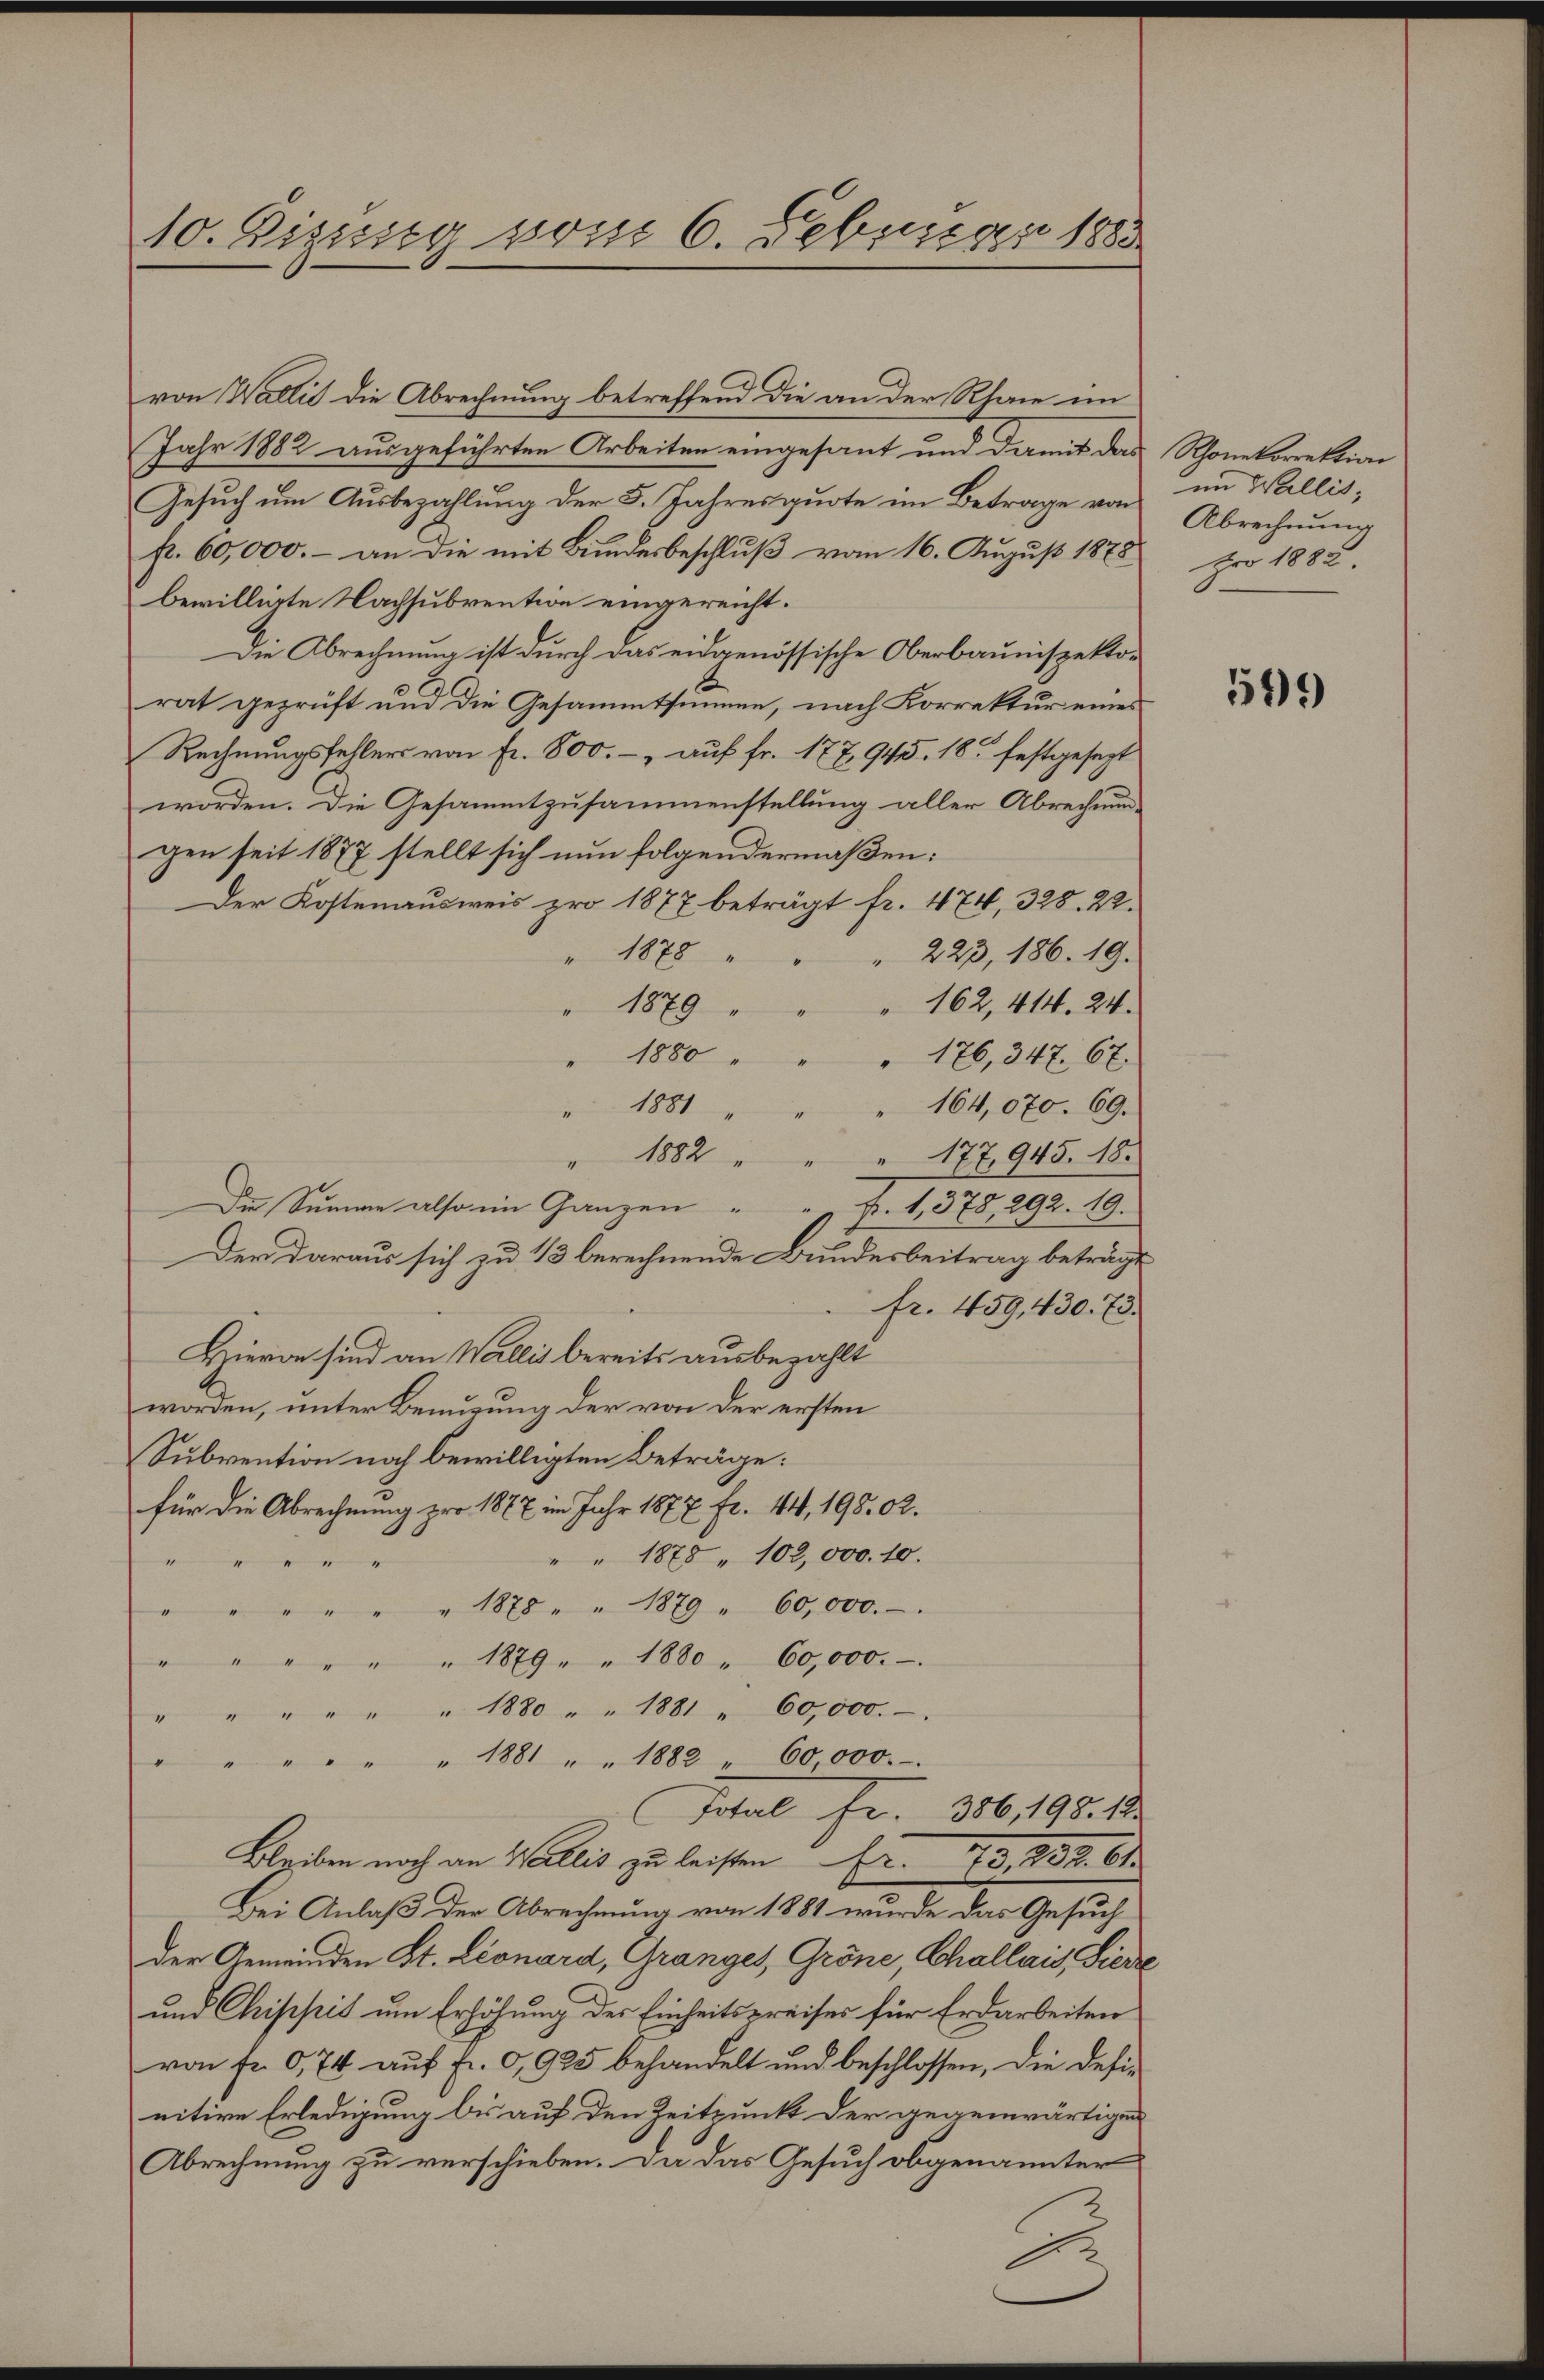
10. Zizung vom 6. Febuar 1883

von Wallis die Abrechnung betreffend die an der Rhaie im
Jahr 1882 ausgeführten Arbeiten eingesant und damit da-
Gesuch um Ausbezahlung der 5. Jahresquote im Betrage von
fr. 60,000.– an die mit Bundesbeschluß vom 16. August 1878
bewilligte Nachsubvention eingereicht.
Die Abrechnung ist durch das eidgenössische Oberbaunispektorat geprüft und die Gesammtsumme, nach Korrektur eines
Rechnungsfehlers von Fr. 800.- auf fr. 177945. 18. festgesezt
worden. Die Gesammtzusammenstellung aller Abrechnun-
gen seit 1877 stellt sich nun folgendermaßen:
Der Kostenausweis pro 1877 beträgt fr. 174, 328. 22.
" 1878
223, 186. 19.
162, 414. 24.
1879
1880 " "
176, 347. 67.
164,070. 69.
1881
" 1882
 177,945. 18.
Die Summe also ein Ganzen " " Fr. 1, 375, 292. 19.
Der daraus sich zu 1/3 berechnende Bundesbeitrag beträgt
fr. 459,430. 73.
Hievon sind an Wallis bereits ausbezahlt
worden, unter Benuzung der von der ersten
Subvention noch bewilligten Beträge:
für die Abrechnung pro 1877 im Jahr 1877 fr. 44, 198. 62.
" " 1878 " 102,000. 10.
"
" " " 1878 " " 1879 " 60,000.
" " " " " " 1879. " 1880 " 60,000.
" " " " " " 1880 " " 1881 " 60,000.
" " " " " 1881 " " 1882 " 60000.
Total fr. 386, 198. 18
Bleiben noch an Wallis zu leisten Fr. 70. 232. 61
Bei Anlaß der Abrechnung von 1881 wurde das Gesuch
der Gemeinden St. Leonard, Granges, Gröne, Challais, Sieve
und Chippis um Erhöhung des Einheitspreises für Erdarbeiten
von fr. 0,74 auf Fr. 0,925 behandelt und beschlossen, die definitive Erledigung bis auf den Zeitpunkt der gegenwärtigen
Abrechnung zu verschieben. Da das Gesuch obgenannter
1

Rhone korrektion
im Willit;
Abrechnung
pro 1882

599